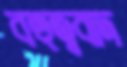
বহুত্ববাদ